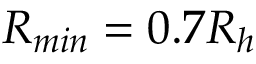
R _ { m i n } = 0 . 7 R _ { h }